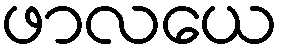
ဖာလယေ